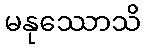
မနုဿောသိ